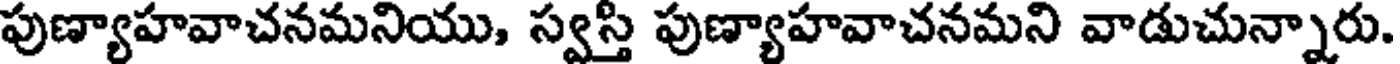
పుణ్యాహవాచనమనియు, స్వస్తి పుణ్యాహవాచనమని వాడుచున్నారు.